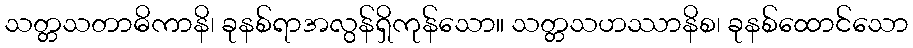
သတ္တသတာဓိကာနိ၊ ခုနစ်ရာအလွန်ရှိကုန်သော။ သတ္တသဟဿာနိစ၊ ခုနစ်ထောင်သော